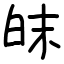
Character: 皌